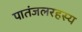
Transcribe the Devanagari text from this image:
पातंजलरहस्य